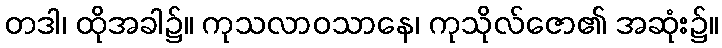
တဒါ၊ ထိုအခါ၌။ ကုသလာဝသာနေ၊ ကုသိုလ်ဇော၏ အဆုံး၌။